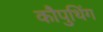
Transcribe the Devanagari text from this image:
कौपुथिंग